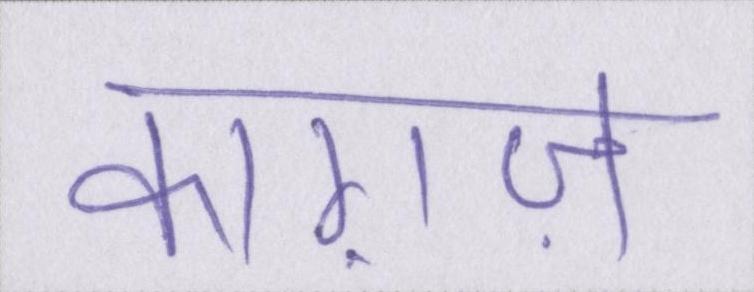
काग़ज़